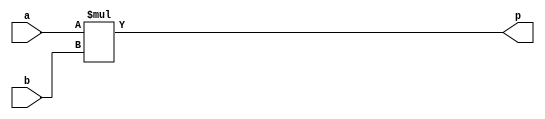
module mult_11 (
    input [15:0] a,
    input [15:0] b,
    output reg [15:0] p
  );
  
  
  
  always @* begin
    p = a * b;
  end
endmodule